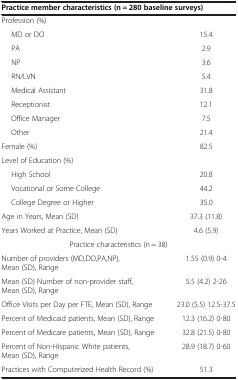
| <COLSPAN=2> Practice member characteristics (n = 280 baseline surveys) |
 | --- | --- |
 | <COLSPAN=2> Profession (%) |
 | MD or DO | 15.4 |
 | PA | 2.9 |
 | NP | 3.6 |
 | RN/LVN | 5.4 |
 | Medical Assistant | 31.8 |
 | Receptionist | 12.1 |
 | Office Manager | 7.5 |
 | Other | 21.4 |
 | Female (%) | 82.5 |
 | <COLSPAN=2> Level of Education (%) |
 | High School | 20.8 |
 | Vocational or Some College | 44.2 |
 | College Degree or Higher | 35.0 |
 | Age in Years, Mean (SD) | 37.3 (11.8) |
 | Years Worked at Practice, Mean (SD) | 4.6 (5.9) |
 | Practice characteristics (n = 38) |  |
 | Number of providers (MD,DO,PA,NP), Mean (SD), Range | 1.55 (0.9) 0-4 |
 | Mean (SD) Number of non-provider staff, Mean (SD), Range | 5.5 (4.2) 2-26 |
 | Office Visits per Day per FTE, Mean (SD), Range | 23.0 (5.5) 12.5-37.5 |
 | Percent of Medicaid patients, Mean (SD), Range | 12.3 (16.2) 0-80 |
 | Percent of Medicare patients, Mean (SD), Range | 32.8 (21.5) 0-80 |
 | Percent of Non-Hispanic White patients, Mean (SD), Range | 28.9 (18.7) 0-60 |
 | Practices with Computerized Health Record (%) | 51.3 |